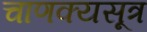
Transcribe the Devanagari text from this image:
चाणक्यसूत्र